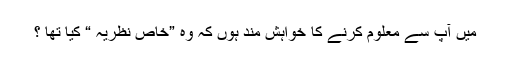
میں آپ سے معلوم کرنے کا خواہش مند ہوں کہ وہ ”خاص نظریہ “ کیا تھا ؟